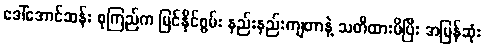
ဒေါ်အောင်ဆန်း စုကြည်က မြင်နိုင်စွမ်း နည်းနည်းကျတာနဲ့ သတိထားမိပြီး အမြန်ဆုံး